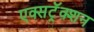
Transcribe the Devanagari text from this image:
एक्सट्रॅक्शन